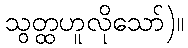
သွတ္ထဟူလိုသော်)။